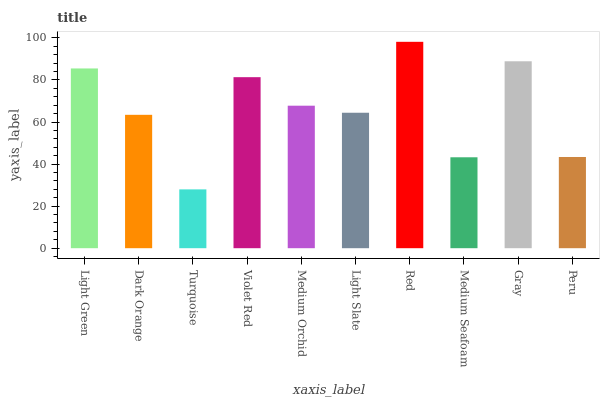
| xaxis_label | bars |
 | --- | --- |
 | Light Green | 85.5 |
 | Dark Orange | 63.4 |
 | Turquoise | 28 |
 | Violet Red | 81.3 |
 | Medium Orchid | 67.8 |
 | Light Slate | 64.4 |
 | Red | 98.1 |
 | Medium Seafoam | 43.2 |
 | Gray | 88.9 |
 | Peru | 43.4 |